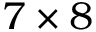
7 \times 8